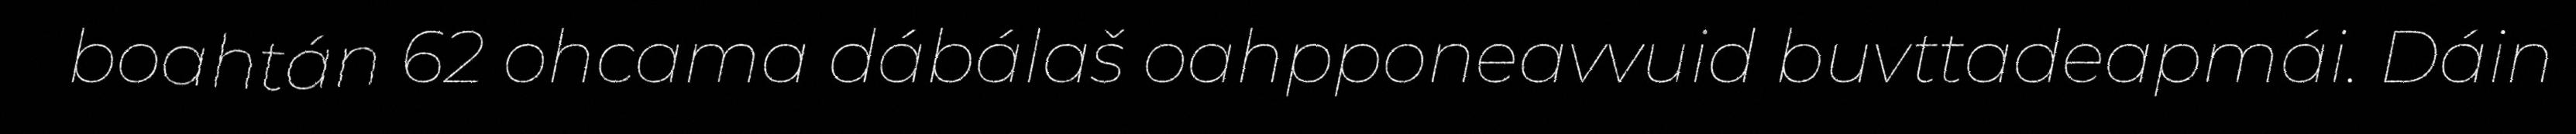
boahtán 62 ohcama dábálaš oahpponeavvuid buvttadeapmái. Dáin